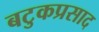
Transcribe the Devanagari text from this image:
बटुकप्रसाद